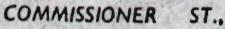
COMMISSIONER ST.,